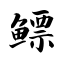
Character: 鳔